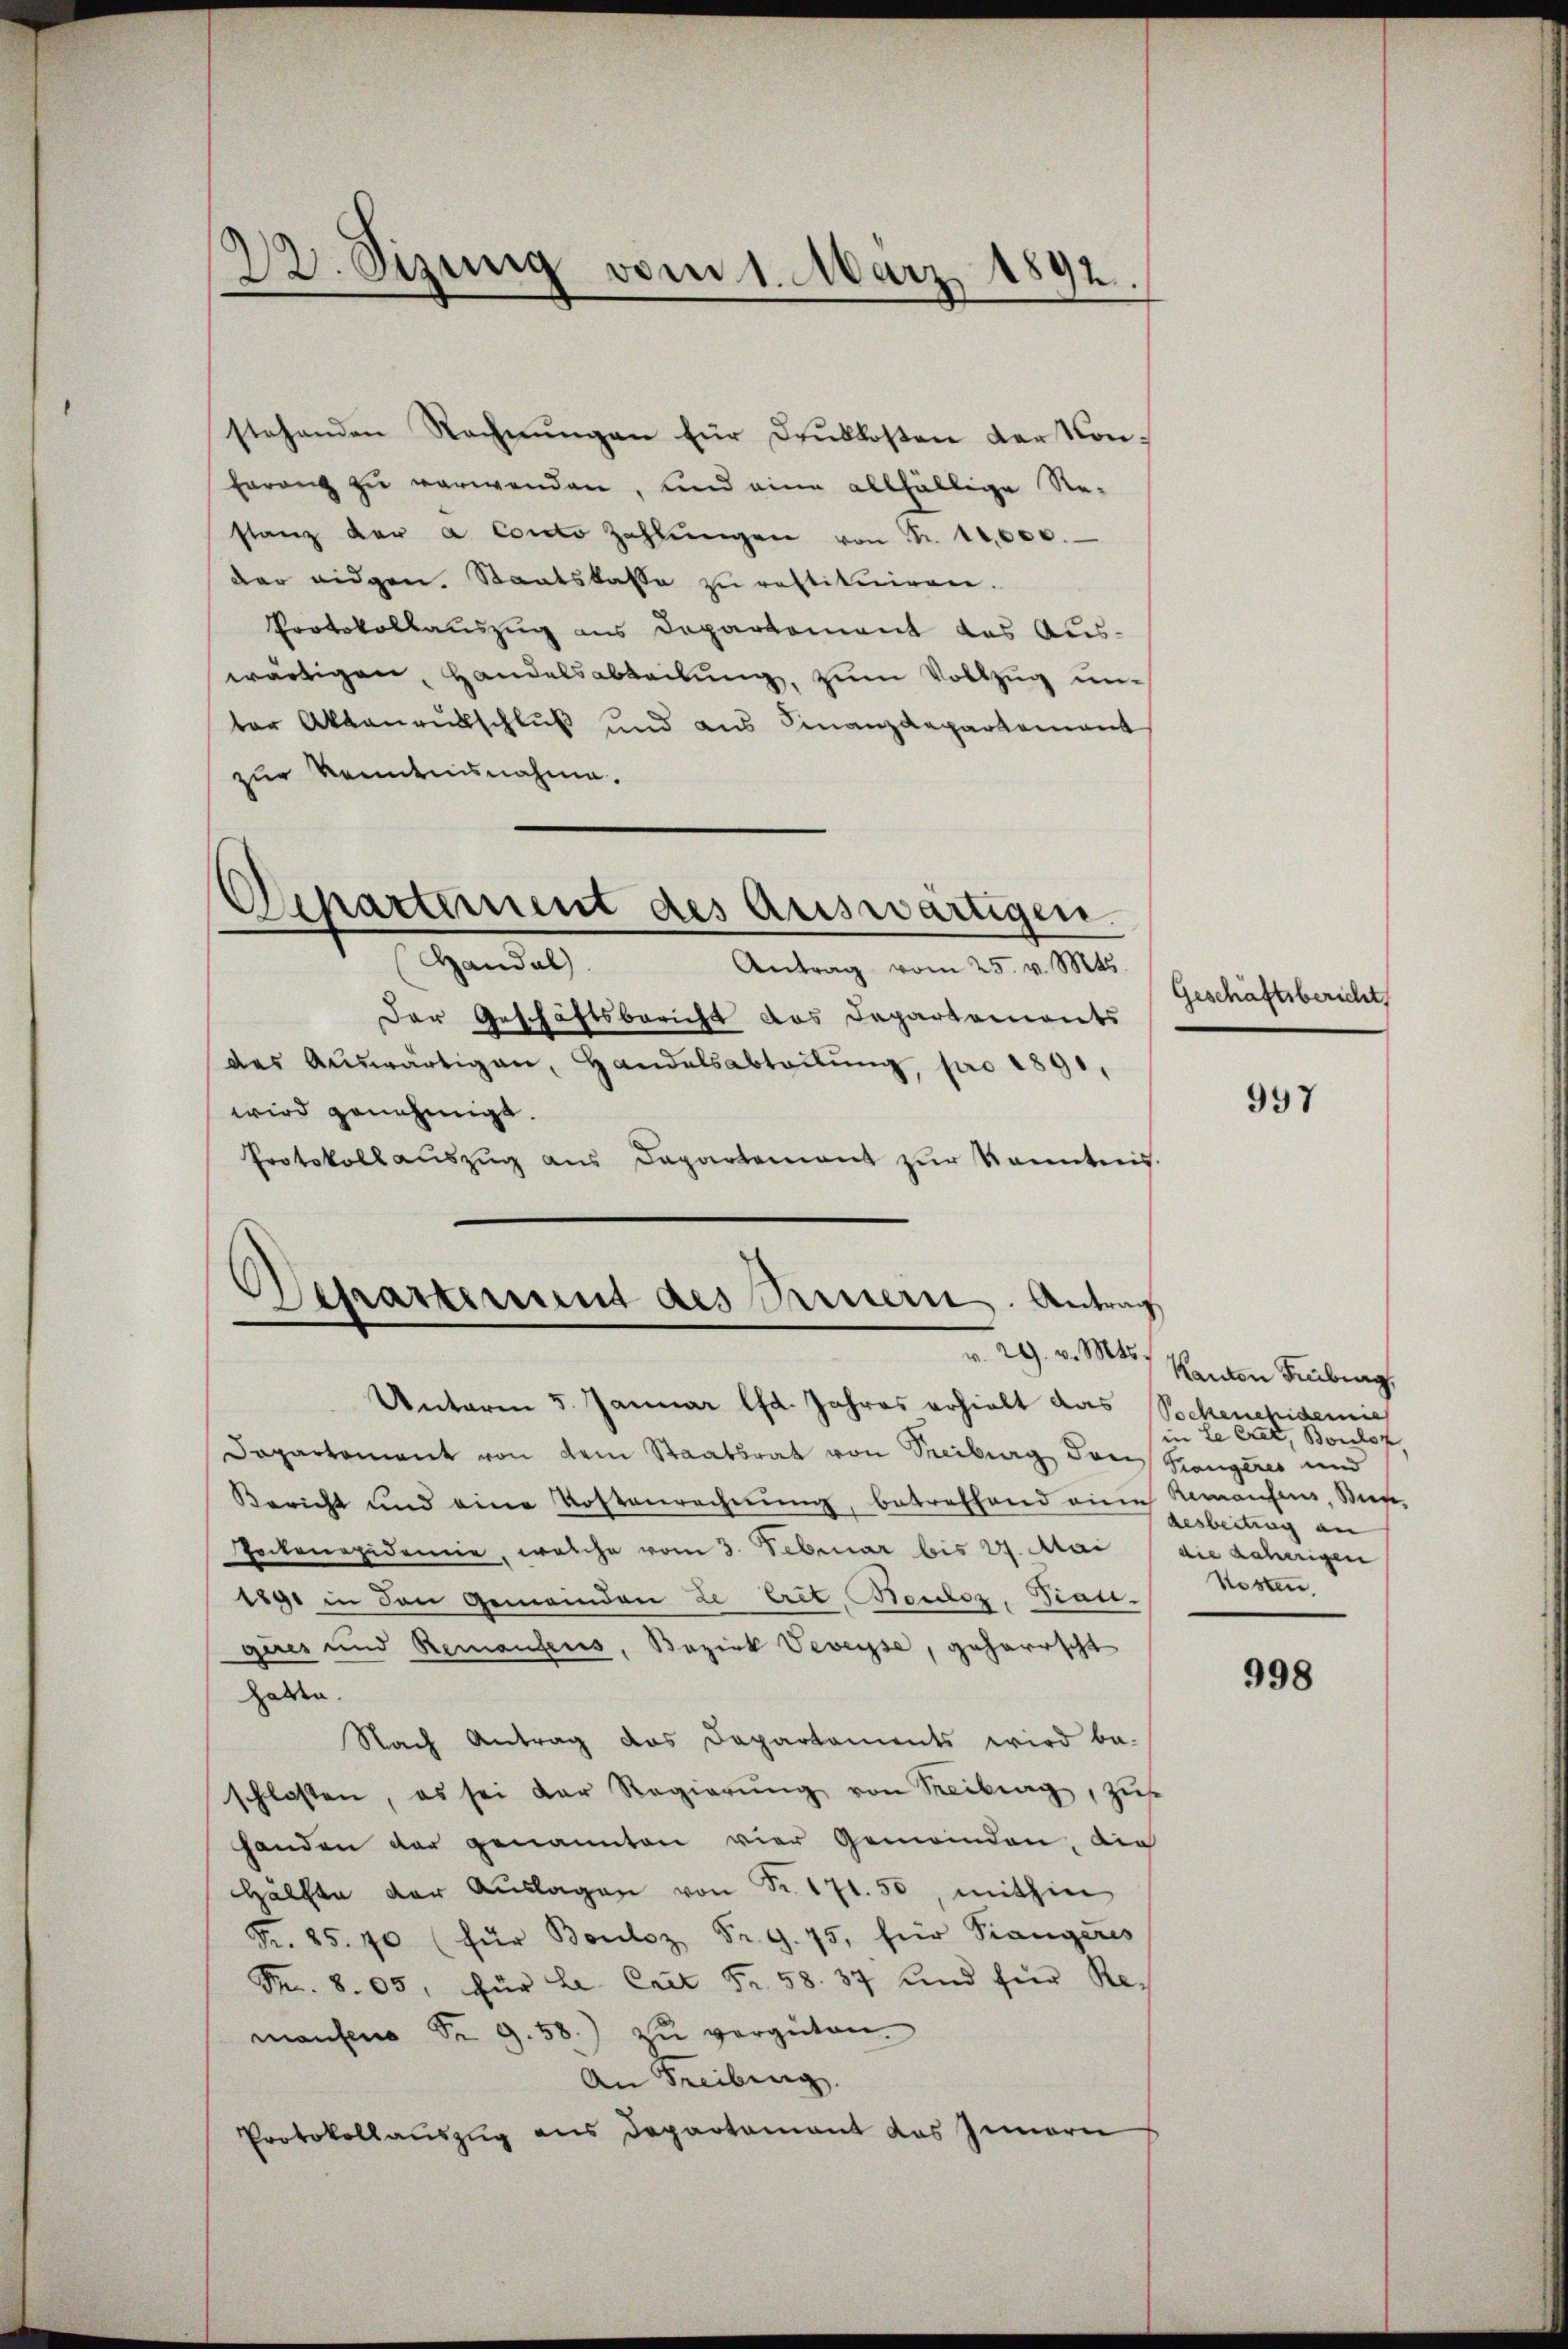
stehenden Rechnŭngen für drŭkkosten der Kon-
Franz zu verwenden, und eine allfällige Re-
stanz der a Conto Zahlŭngen von Fr. 10,000.
der eidgen. Staatskasse zu restituiren.
Protokollauszug aus Departement das Auswärtigen, Handelsabteilung, zum Vollzug unter Aktenrutschluß und aus Finanzdepartement
zur Kenntnisnahme.
Departement des Auswärtigen.
Handal
Antrag vom 25. v. Mts.
Der Geschäftsbericht das Departements
des Aŭswärtigen, Handelsabteilŭng, pro 1891,
wird genehmigt.
Protokoll aŭszŭg ans Departement zŭr Kenntnis.
Separtement des Peuern. Antrag

22. Sizung vom 1. März 1892.

v. 29. v. Mts.

Unterm 5. Januar lfd. Jahres erhielt das
Dapartement von dem Staatsrat von Steiburg den Stangeres und
Bericht und eine Kostenrechnŭng, betreffend eine Remantens, Mur-
Pockenepidemie, welche vom 3. Februar bis 27. Mai / die daherigen
1891 in den Gemeinden de Crit, Keulez, Trau-
ques und Remantens, Bezirk Veveyse, geharrscht
hatte.
Nach Antrag das Dapartaments wird be-
schlossen, es sei der Regierŭng von Reiburg, zŭse
handen der genannten vier Gemeinden, die
Hälfte der Aŭslagen von Nr. 171. 50, mithin
Fr. 85. 70 (für Bouloz Fr. 9. 75, für Prangeres
Fr. 805, für L. Cart Fr. 58. 37 und für Remansens Sr. 9. 58.) zŭ vergüten.
An Freiburg.
Protokollauszug aus Departement das Innern

Geschäftsbericht

997

Kanton Februg,
Pockenchidemie
le Crat, Bouloz,
desbeitrag an
Kosten.

998